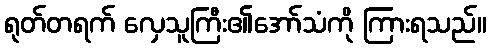
ရုတ်တရက် လှေသူကြီး၏အော်သံကို ကြားရသည်။